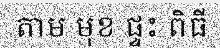
តាម មុខ ផ្ទះ ពិធី